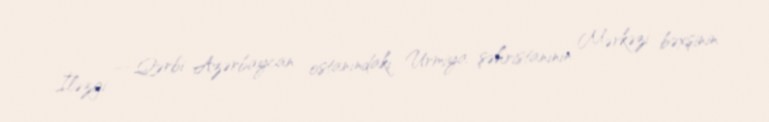
İləzgi — Qərbi Azərbaycan ostanındakı Urmiya şəhristanının Mərkəzi bəxşinin